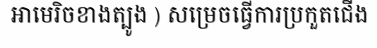
អាមេរិចខាងត្បូង ) សម្រេចធ្វើការប្រកួតជើង